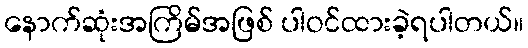
နောက်ဆုံးအကြိမ်အဖြစ် ပါဝင်ထားခဲ့ရပါတယ်။